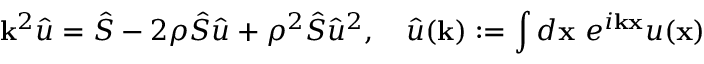
\mathbf k ^ { 2 } \hat { u } = \hat { S } - 2 \rho \hat { S } \hat { u } + \rho ^ { 2 } \hat { S } \hat { u } ^ { 2 } , \quad \hat { u } ( \mathbf k ) : = \int d \mathbf x \ e ^ { i \mathbf k \mathbf x } u ( \mathbf x )